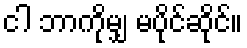
ငါ ဘာကိုမျှ မပိုင်ဆိုင်။